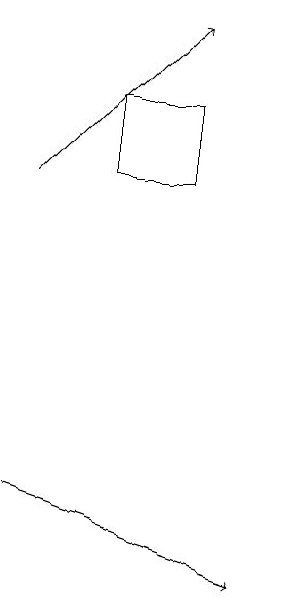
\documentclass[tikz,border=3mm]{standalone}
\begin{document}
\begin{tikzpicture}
\draw[->] (2,12) -- (5,11);
\draw[->] (2,16) -- (4,18);
\draw (4,16) rectangle (3,17);
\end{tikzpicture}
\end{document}